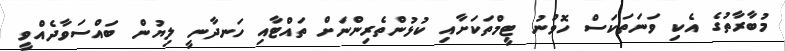
މުބާރާތުގެ އެކި ވަނަތަކަސް ހޮވުނު ޓީމްތަކަށާއި ކުޅުންތެރިންނަށް ތައްޓާއި ހަނދާނީ ލިޔުން ބައްސަވާދެއްވީ